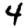
Digit: 4